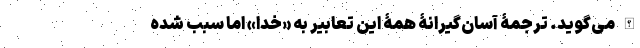
الله می‌گوید. ترجمۀ آسان‌گیرانۀ همۀ این تعابیر به «خدا» اما سبب شده